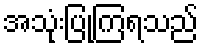
အသုံးပြုကြရသည်